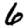
Digit: 6